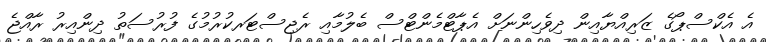
އެ އެކްސްޕޯގެ ޒަރިއްޔާއިން ދިވެހިންނަށް އެޕާޓްމެންޓްސް ބެލުމާއި ރެޖިސްޓަރކުރުމުގެ ފުރުސަތު ދިންއިރު ރާއްޖެ